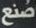
صنع